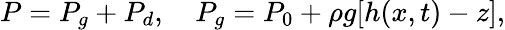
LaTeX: P=P_{g}+P_{d},~~~~P_{g}=P_{0}+\rho g[h(x,t)-z],